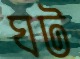
ঘট